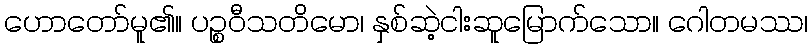
ဟောတော်မူ၏။ ပဉ္စဝီသတိမော၊ နှစ်ဆဲ့ငါးဆူမြောက်သော။ ဂေါတမဿ၊